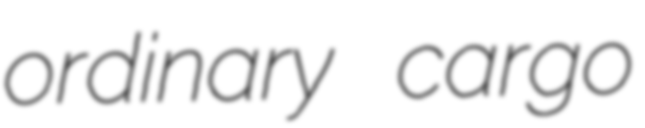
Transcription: ordinary cargo